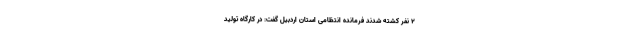
۲ نفر کشته شدند فرمانده انتظامی استان اردبیل گفت: در کارگاه تولید